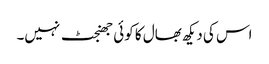
اس کی دیکھ بھال کا کوئی جھنجٹ نہیں۔